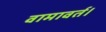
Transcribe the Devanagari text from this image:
वामावर्त।